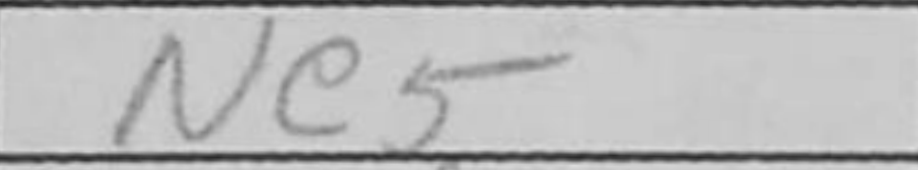
Transcription: Ne5